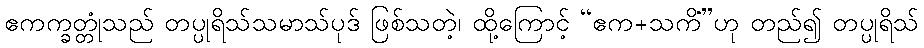
ဧကက္ခတ္တုံသည် တပ္ပုရိသ်သမာသ်ပုဒ် ဖြစ်သတဲ့၊ ထို့ကြောင့် “ဧက+သကိံ”ဟု တည်၍ တပ္ပုရိသ်